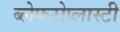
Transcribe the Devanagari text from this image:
ब्लेफरोप्लास्टी